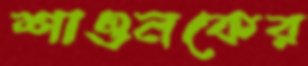
শাওনকের